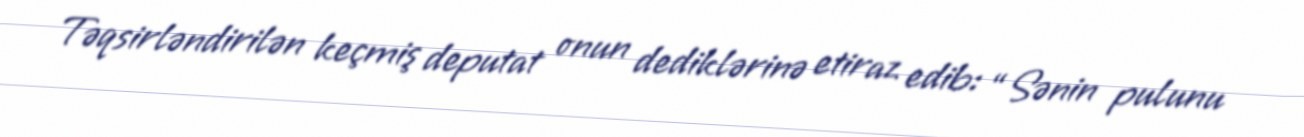
Təqsirləndirilən keçmiş deputat onun dediklərinə etiraz edib: “Sənin pulunu